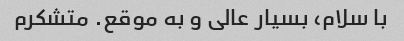
با سلام، بسیار عالی و به موقع. متشکرم